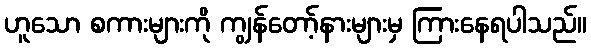
ဟူသော စကားများကို ကျွန်တော့်နားများမှ ကြားနေရပါသည်။